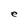
Character: e